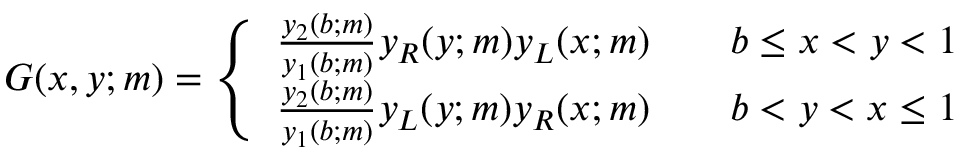
\begin{array} { r } { G ( x , y ; m ) = \left\{ \begin{array} { l l } { \frac { y _ { 2 } ( b ; m ) } { y _ { 1 } ( b ; m ) } y _ { R } ( y ; m ) y _ { L } ( x ; m ) } & { \quad b \leq x < y < 1 } \\ { \frac { y _ { 2 } ( b ; m ) } { y _ { 1 } ( b ; m ) } y _ { L } ( y ; m ) y _ { R } ( x ; m ) } & { \quad b < y < x \leq 1 } \end{array} \right. } \end{array}